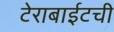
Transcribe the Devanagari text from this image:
टेराबाईटची